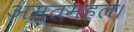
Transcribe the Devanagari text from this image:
अमृतमहल।